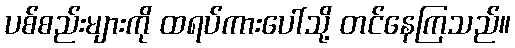
ပစ်စည်းများကို ထရပ်ကားပေါ်သို့ တင်နေကြသည်။